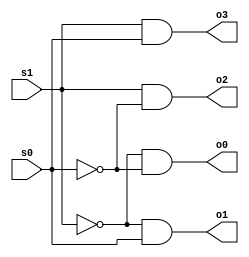
//2x4 Decoder by Ramandeep Chumber

module Decoder(s1, s0, o0, o1, o2, o3);
input s1, s0;
output o0, o1, o2, o3;
wire s1_inv, s0_inv;

not(s1_inv, s1);
not(s0_inv, s0);
and(o0, s1_inv, s0_inv);
and(o1, s1_inv, s0);
and(o2, s1, s0_inv);
and(o3, s1, s0);
endmodule

module TestMod;

reg s1, s0;
wire o0, o1, o2, o3;

Decoder dec(s1, s0, o0, o1, o2, o3);

initial begin
$display("Time \t s1 \t s0 \t o0 \t o1 \t o2 \t o3");
$display("------------------------------------------------");
$monitor("%0d \t %b \t %b \t %b \t %b \t %b \t %b", $time, s1, s0, o0, o1, o2, o3);
end

initial #3 $finish;

initial begin
s1= 0; s0= 0;
#1;
s1= 0; s0= 1;
#1;
s1= 1; s0= 0;
#1;
s1= 1; s0= 1;
end
endmodule